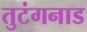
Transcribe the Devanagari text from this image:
तुटंगनाड